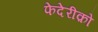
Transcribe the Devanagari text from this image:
फेदेरीक़ो